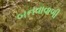
બનવાવાળી